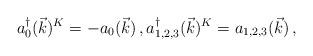
LaTeX: \begin{align*}a_0^\dagger(\vec{k})^K=-a_0(\vec{k}) \, , a_{1,2,3}^\dagger(\vec{k})^K=a_{1,2,3}(\vec{k}) \, ,\end{align*}